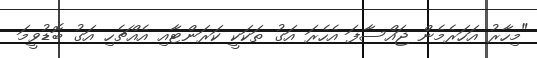
"މިހާރު އަހަރެމެން ޖައްސާފަ އެހެރަ އަގު ތަކަކީ ކަރަންޓާއި އެއްޗެހި އަގު ބޮޑުވީމަ